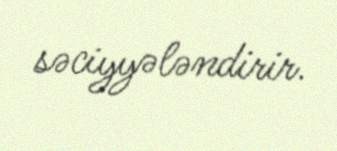
səciyyələndirir.